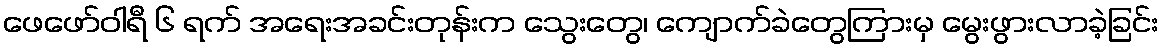
ဖေဖော်ဝါရီ ၆ ရက် အရေးအခင်းတုန်းက သွေးတွေ၊ ကျောက်ခဲတွေကြားမှ မွေးဖွားလာခဲ့ခြင်း